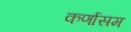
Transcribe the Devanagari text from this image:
कर्णासम